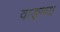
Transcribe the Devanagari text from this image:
वाङ्‍मय